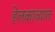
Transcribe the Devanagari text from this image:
हेलकाव्यात